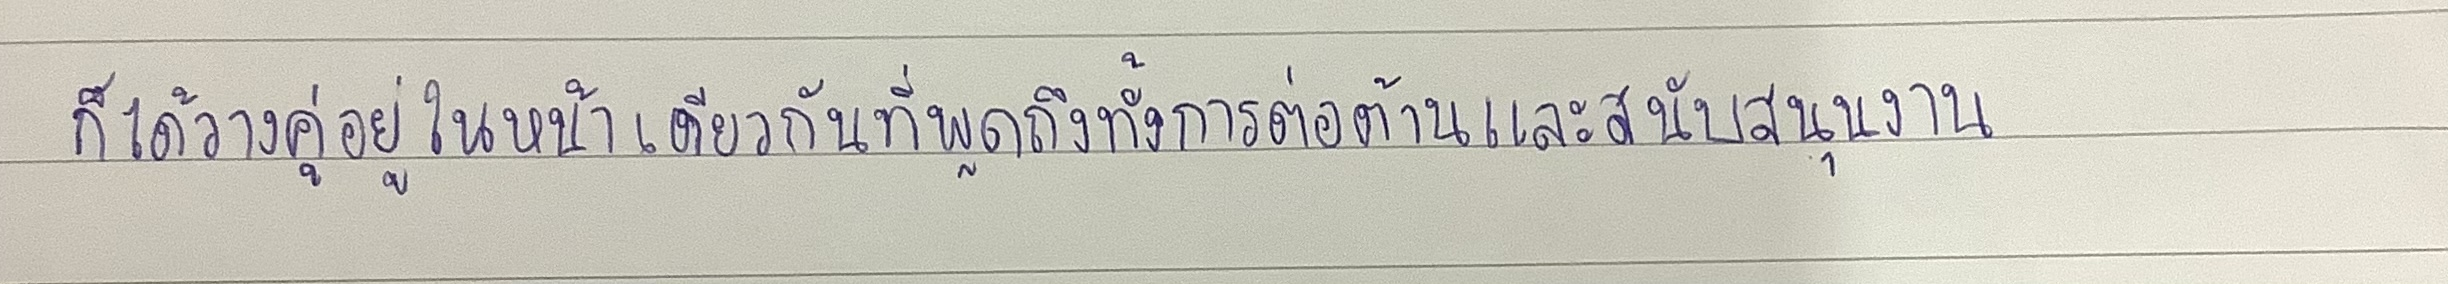
ก็ได้วางคู่อยู่ในหน้าเดียวกันที่พูดถึงทั้งการต่อต้านและสนับสนุนงาน